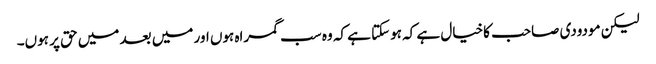
لیکن مودودی صاحب کاخیال ہے کہ ہوسکتا ہے کہ وہ سب گمراہ ہوں اور میں بعد میں حق پر ہوں۔